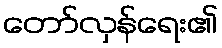
တော်လှန်ရေး၏